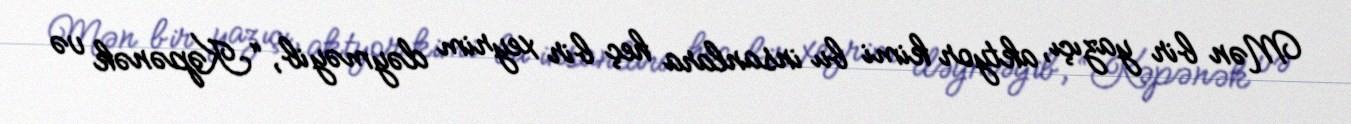
Mən bir yazıçı, aktyor kimi bu insanlara heç bir xeyrim dəyməyib, “Kəpənək və